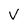
Character: V